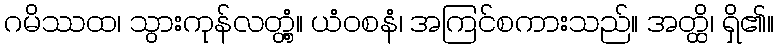
ဂမိဿထ၊ သွားကုန်လတ္တံ့။ ယံဝစနံ၊ အကြင်စကားသည်။ အတ္ထိ၊ ရှိ၏။